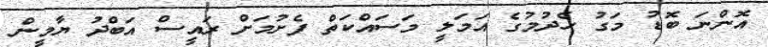
އޮންނަ ބޮޑު މަގު ހެދުމުގެ އަމަލީ މަސައްކަތް ފެށުމަށް ރައީސް އަބްދު ޔާމީން